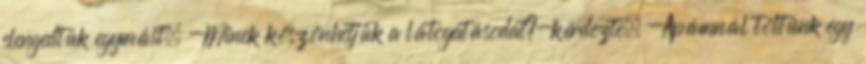
elengedtük egymást. -Minek köszönhetjük a látogatásodat?-kérdezte. -Apámnál töltünk egy